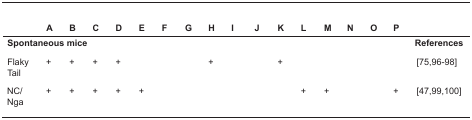
|  | A | B | C | D | E | F | G | H | I | J | K | L | M | N | O | P |  |
 | --- | --- | --- | --- | --- | --- | --- | --- | --- | --- | --- | --- | --- | --- | --- | --- | --- | --- |
 | Spontaneous mice |  |  |  |  |  |  |  |  |  |  |  |  |  |  |  |  | References |
 | Flaky Tail | + | + | + | + |  |  |  | + |  |  | + |  |  |  |  |  | [75,96-98] |
 | NC/Nga | + | + | + | + | + |  |  |  |  |  |  | + | + |  |  | + | [47,99,100] |